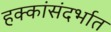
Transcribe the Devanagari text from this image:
हक्कांसंदर्भात